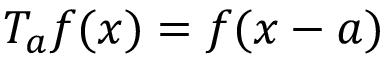
T _ { a } f ( x ) = f ( x - a )